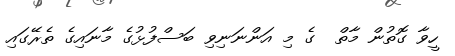
ހީވާ ގޮތުން މާތް  ގެ މި އަންނަނިވި ބަސްފުޅުގެ މާނައިގެ ތެރޭގައި